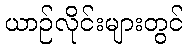
ယာဉ်လိုင်းများတွင်